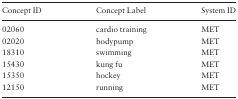
| Concept ID | Concept Label | System ID |
 | --- | --- | --- |
 | 02060 | cardio training | MET |
 | 02020 | bodypump | MET |
 | 18310 | swimming | MET |
 | 15430 | kung fu | MET |
 | 15350 | hockey | MET |
 | 12150 | running | MET |